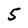
Character: 5